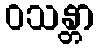
ဝသန္တာ